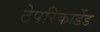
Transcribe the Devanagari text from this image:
टेपरिकार्डेड